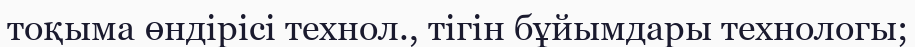
тоқыма өндірісі технол., тігін бұйымдары технологы;